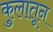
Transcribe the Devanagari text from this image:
कुलातून